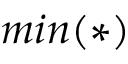
m i n ( * )